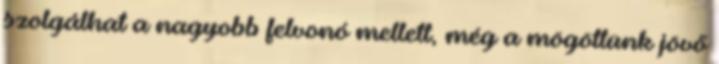
szolgálhat a nagyobb felvonó mellett, még a mögöttünk jövő